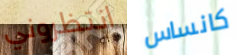
انتظروني كانساس